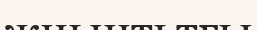
жиынтьтғы